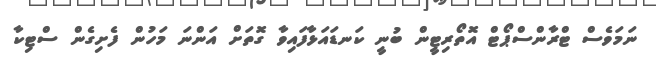
ނަމަވެސް ޓްރާންސްޕޯޓް އޮތޯރިޓީން ބުނީ ކަނޑައަޅާފައިވާ ގޮތަށް އަންނަ މަހުން ފެށިގެން ސްޓިކާ